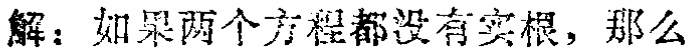
解：如果两个方程都没有实根，那么